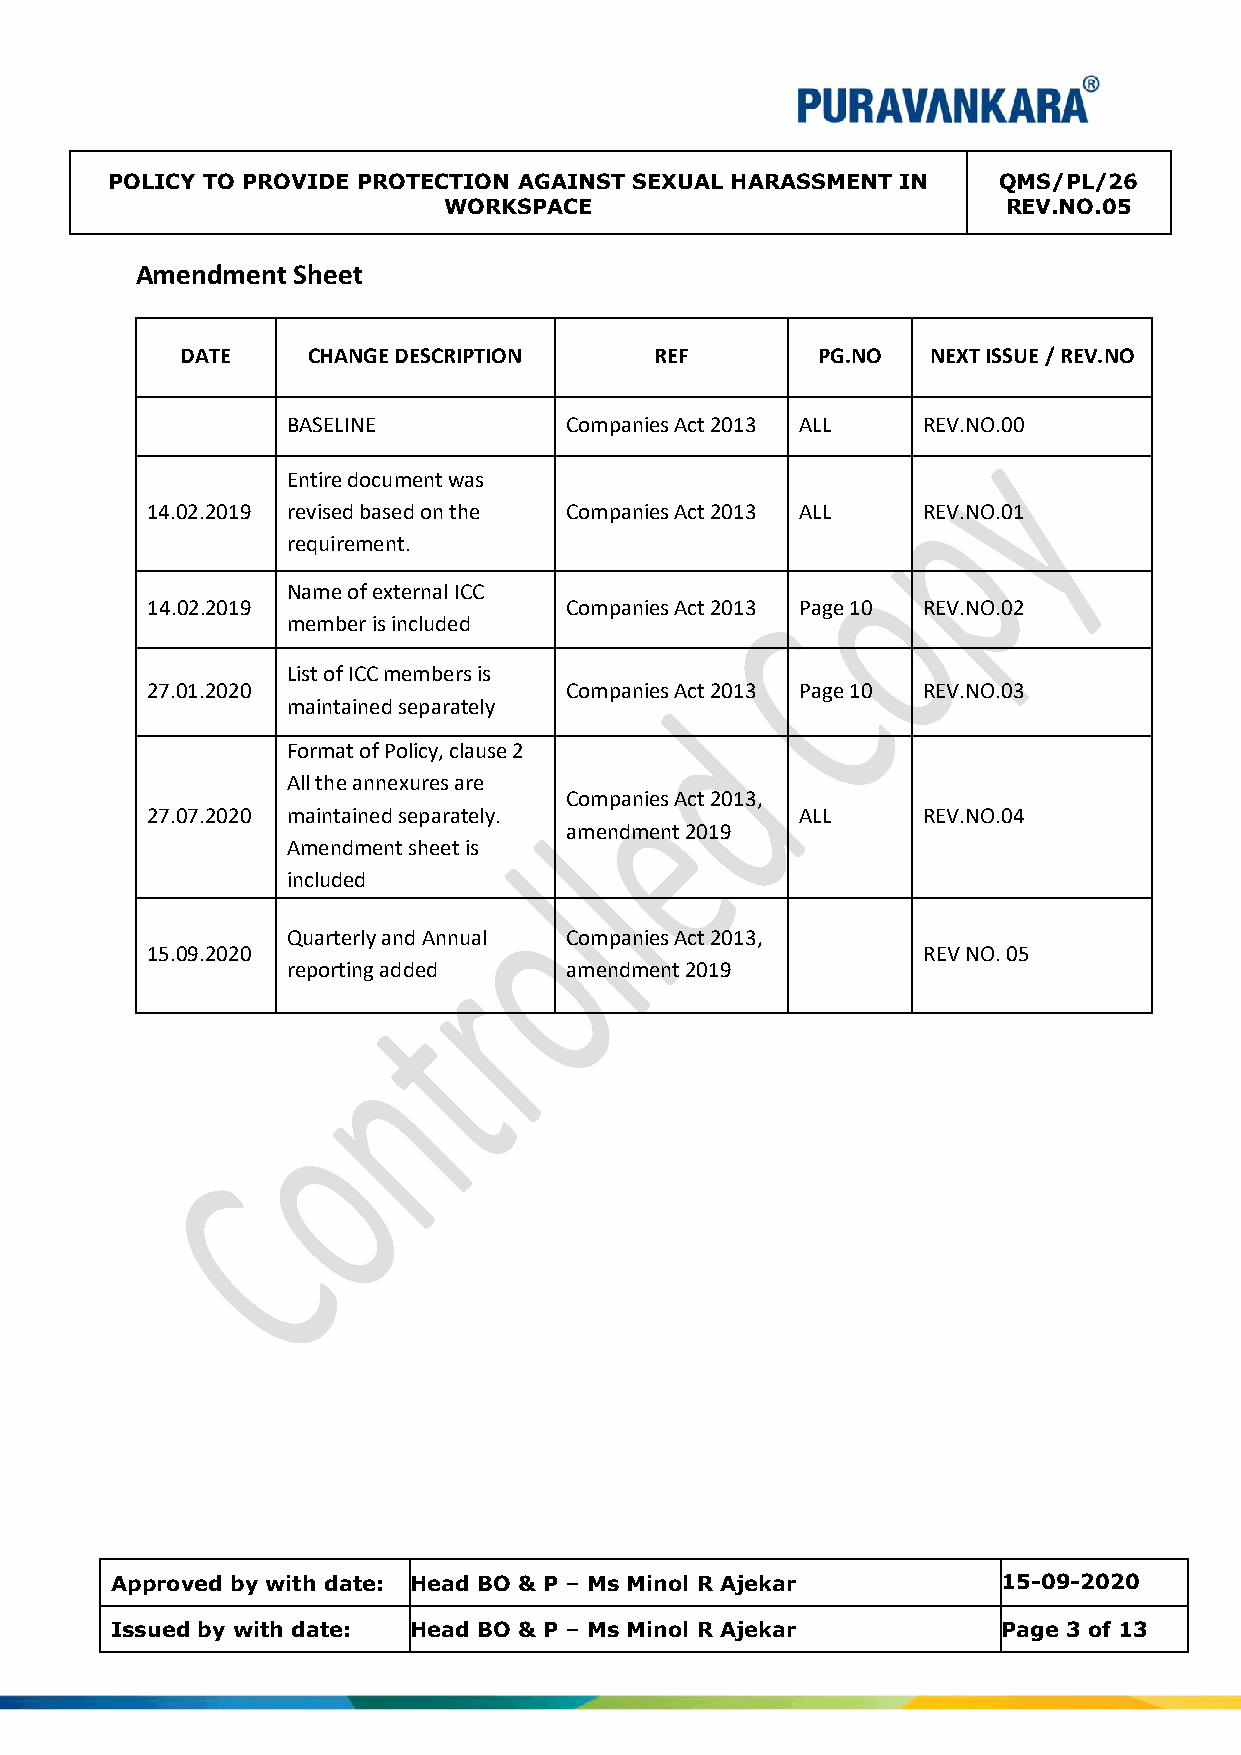
POLICY TO PROVIDE PROTECTION AGAINST SEXUAL HARASSMENT IN  QMS/PL/26
 WORKSPACE                             REV.NO.05
 Amendment Sheet
 DATE    CHANGE DESCRIPTION     REF        PG.NO   NEXT ISSUE / REV.NO
 BASELINE          Companies Act 2013 ALL  REV.NO.00
 Entire document was
 14.02.2019 revised based on the Companies Act 2013 ALL REV.NO.01
 requirement.
 Name of external ICC
 14.02.2019                 Companies Act 2013 Page 10 REV.NO.02
 member is included
 List of ICC members is
 27.01.2020                 Companies Act 2013 Page 10 REV.NO.03
 maintained separately
 Format of Policy, clause 2
 All the annexures are
 Companies Act 2013,
 27.07.2020 maintained separately.          ALL     REV.NO.04
 amendment 2019
 Amendment sheet is
 included
 Quarterly and Annual Companies Act 2013,
 15.09.2020                                         REV NO. 05
 reporting added   amendment 2019
 Approved by with date: Head BO & P – Ms Minol R Ajekar     15-09-2020
 Issued by with date: Head BO & P – Ms Minol R Ajekar       Page 3 of 13